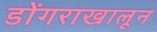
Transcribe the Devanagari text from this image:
डोंगराखालून